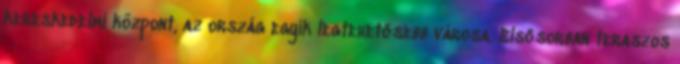
kereskedelmi központ, az ország egyik legtehetősebb városa. Elsősorban teraszos